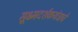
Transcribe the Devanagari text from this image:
सूक्ष्मदर्शकयंत्राचे